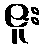
ဇူး